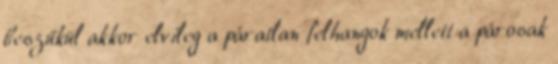
beszűkül akkor elvileg a páratlan felhangok mellett a párosak